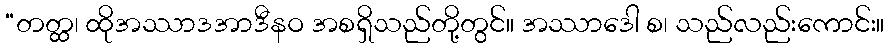
“တတ္ထ၊ ထိုအဿာဒအာဒီနဝ အစရှိသည်တို့တွင်။ အဿာဒေါ စ၊ သည်လည်းကောင်း။